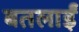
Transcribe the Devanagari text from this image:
बतलाईं